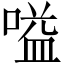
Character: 嗌